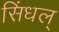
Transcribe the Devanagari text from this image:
सिंधल्